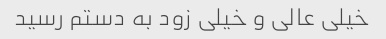
خیلی عالی و خیلی زود به دستم رسید